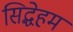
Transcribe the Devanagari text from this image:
सिद्धेहम